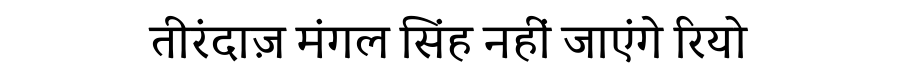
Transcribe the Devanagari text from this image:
तीरंदाज़ मंगल सिंह नहीं जाएंगे रियो